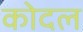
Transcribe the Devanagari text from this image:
कोदल